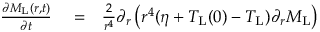
\begin{array} { r l r } { \frac { \partial M _ { \mathrm { L } } ( r , t ) } { \partial t } } & { { } = } & { \frac { 2 } { r ^ { 4 } } \partial _ { r } \left( r ^ { 4 } ( \eta + T _ { \mathrm { L } } ( 0 ) - T _ { \mathrm { L } } ) \partial _ { r } M _ { \mathrm { L } } \right) } \end{array}